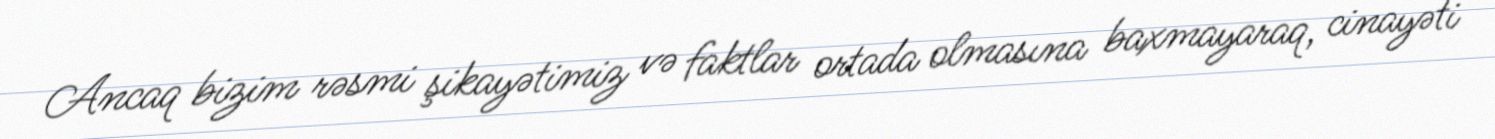
Ancaq bizim rəsmi şikayətimiz və faktlar ortada olmasına baxmayaraq, cinayəti